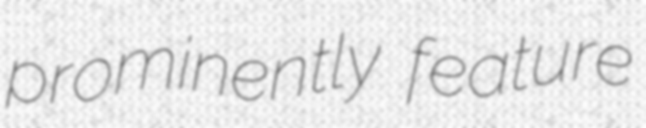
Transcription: prominently feature